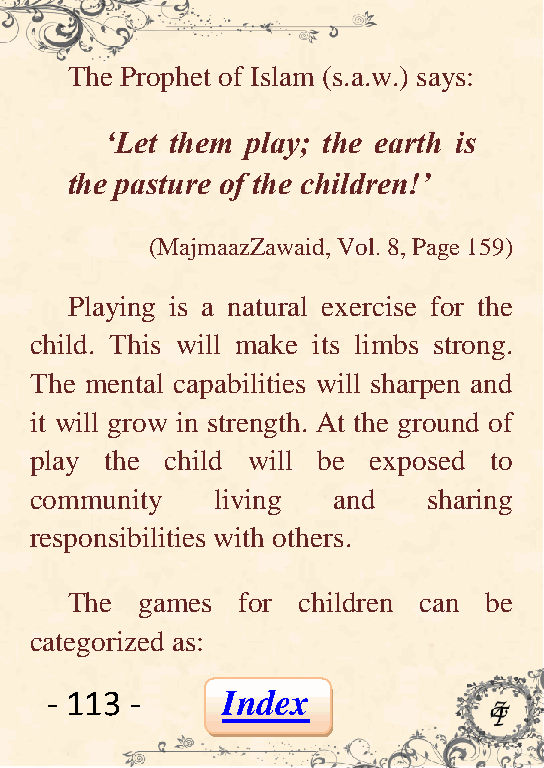
The Prophet of Islam (s.a.w.) says:
 „Let them play; the earth is
 the pasture of the children!‟
 (MajmaazZawaid, Vol. 8, Page 159)
 Playing is a natural exercise for the
 child. This will make its limbs strong.
 The mental capabilities will sharpen and
 it will grow in strength. At the ground of
 play the child will be exposed to
 community   living  and   sharing
 responsibilities with others.
 The  games  for children can be
 categorized as:
 - 113 -     Index